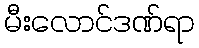
မီးလောင်ဒဏ်ရာ